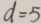
d = 5